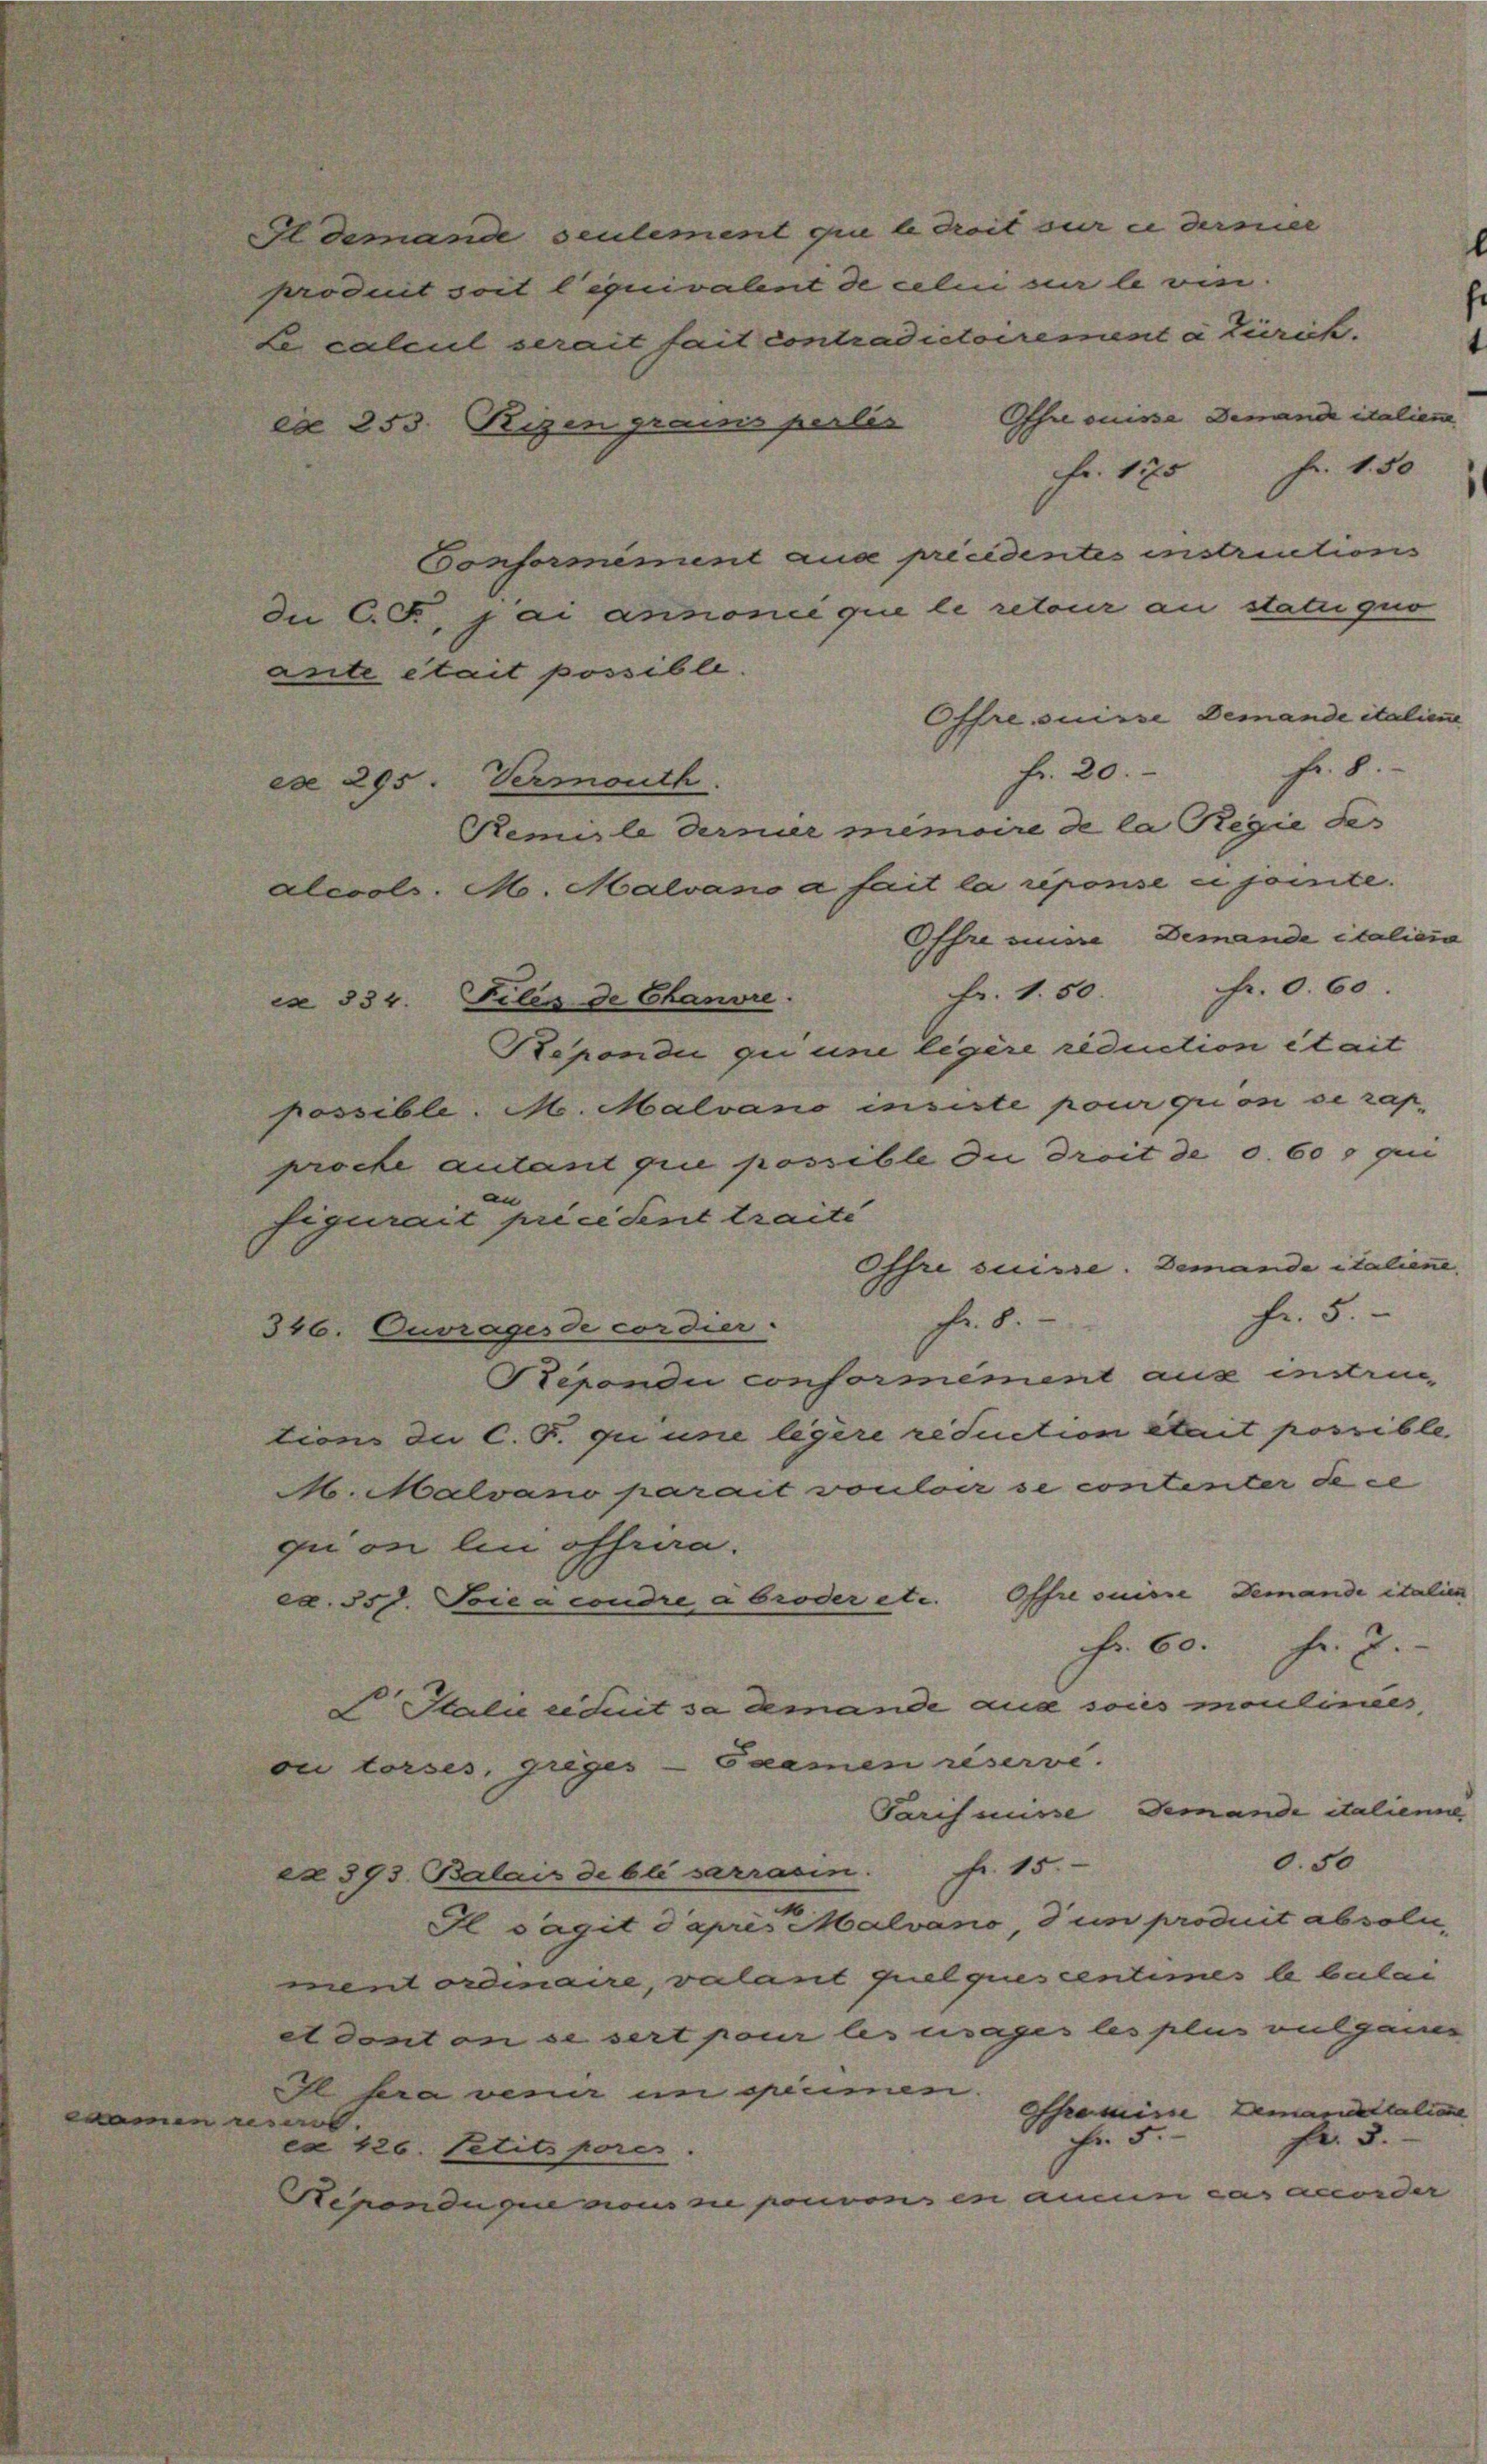
e

produit soit lequivalent de celui sur le vin.
te calcul serait fait contradictoirement à Zürich.
ex 253. Reizen grams perles
Fr. 1175
Conformément aux précidentes instructions
In CG., pai annoncé que le retour an statu quo
ante était possible.
Offre suisse demande italicu
fr. 20.
ese 295. Vermouth.
Remile dernier memoire de la Regie des
aleools. M. Malvano a fait la réponse et jointe.
Offrennere Demande italiena
Fr. 1. 50. Fr. 0. 60.
cs 334. Files de Chanvre.
Rependii gii une ligère reduction était
possible. M. Malvano insiste pour qui on se rap
proche autant grie possible du droit de c. 60 g qui
figurait prieesent traité
Offre suisse. Demande italiene.
fr. 5.
fr. 8.
346. Ouvrages de cordier.
Repondu conformément aus indruc
tion du C.G. qu une legere réduction stait possible.
M. Malvano parait vouloir se contenter de ce
qui on lin offen.
ca. 50 f. Soica condre abroder etc. Offrouisse demande italien
Fr. 60. Fr. J.
 Italie ciduit sa demande aus soies moulinies
ou torses, griges - Saamen reserve.
Parisisse Jemande italienne
0.50
ea 393. Balais de bli sarracin. fr. 15.
16
Il sagit d’après Malvano, 3 un produit absoln,
nent ordinaire, valant quelques centimes b bulen
Adonton se sert pour les usages les plus vulgauer
l sera venir in grimmen.
Ahromisse Demandeltalie
a
Fr. 3.
Fr. 5
cx 426. Petits pores
Kenonduque nous sie pouvon en aucun cas accorder

i

e armer

Ohre suisse demand italien
fr. 1.50

Fr. 8.